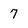
Character: 7